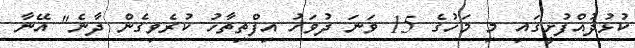
ކުޅުދުއްފުށީގައި މި މަހުގެ 15 ވަނަ ދުވަހު އިފްތިތާހު ކުރެވިގެން ދާނެ" އޭނާ